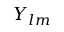
Y _ { l m }